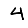
Digit: 4